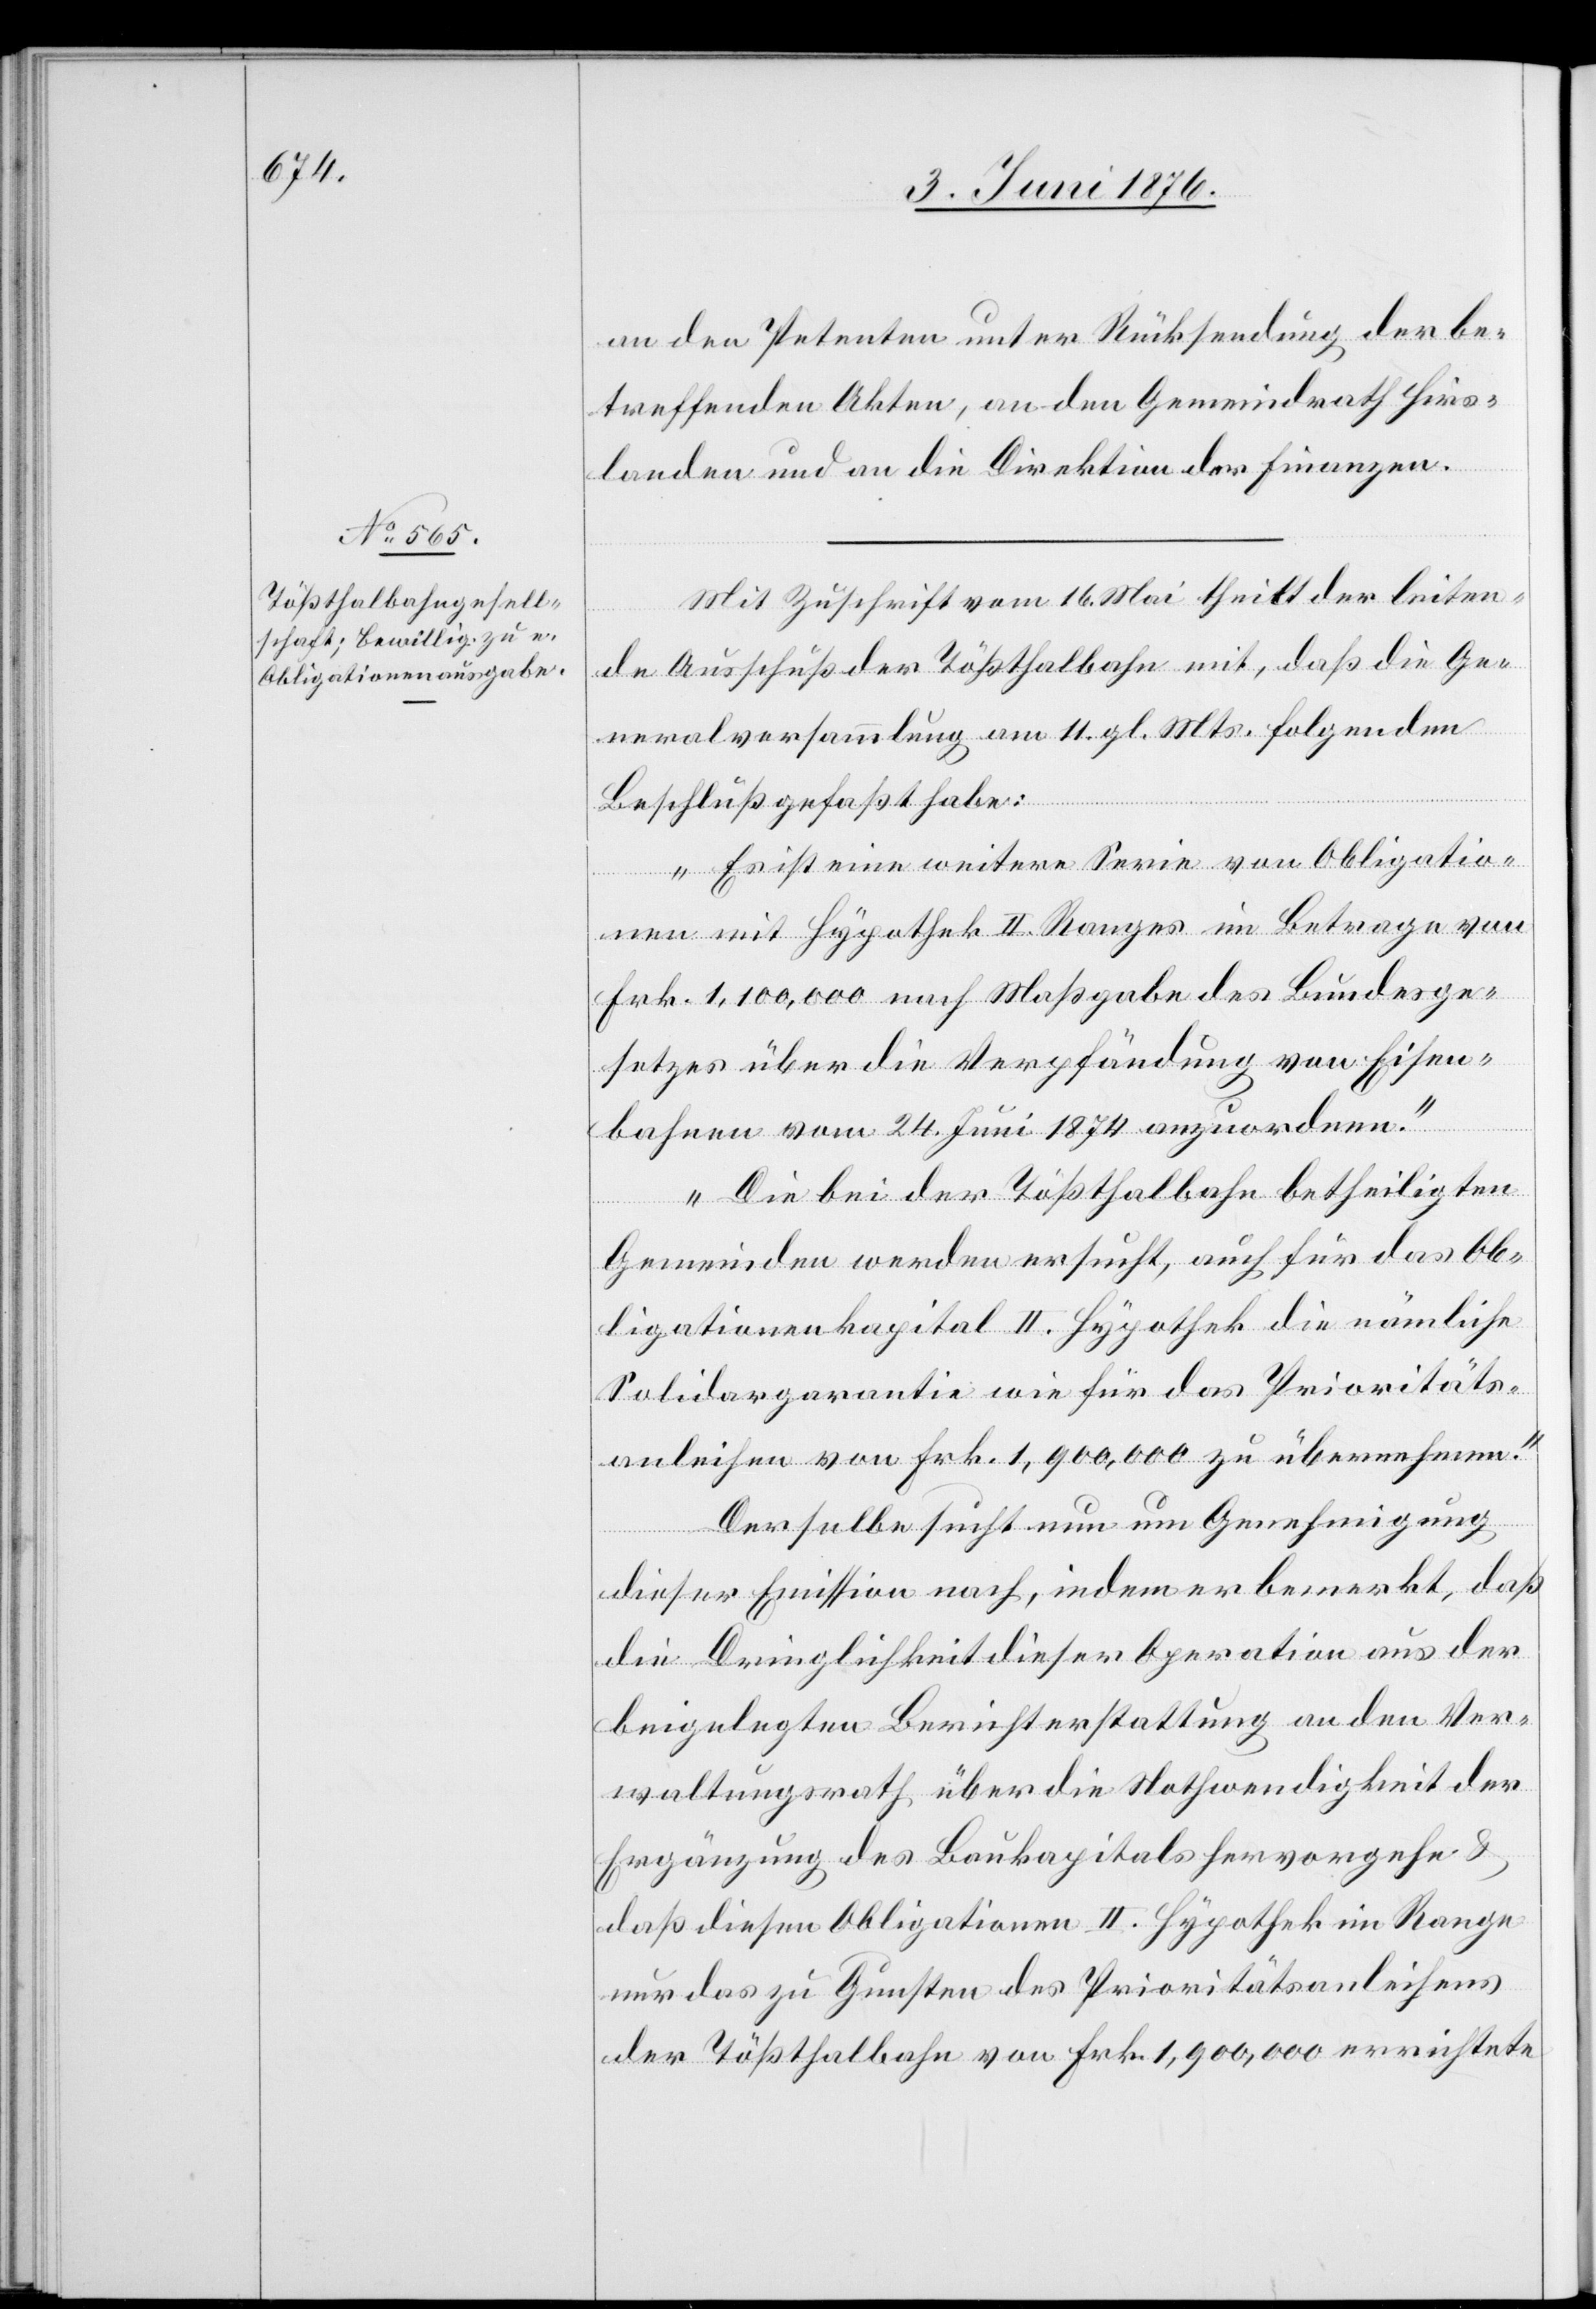
an den Petenten unter Rücksendung der be¬
treffenden Akten, an den Gemeindrath Hirs¬
landen und an die Direktion der Finanzen.
Mit Zuschrift vom 16. Mai theilt der leiten¬
de Ausschuß der Tößthalbahn mit, daß die Ge¬
neralversammlung am 11. gl. Mts. folgenden
Beschluß gefaßt habe:
„Es ist eine weitere Serie von Obligatio¬
nen mit Hypothek II. Ranges im Betrage von
Frk. 1,100,000 nach Maßgabe des Bundesge¬
setzes über die Verpfändung von Eisen¬
bahnen vom 24. Juni 1874 anzuordnen.“
„Die bei der Tößthalbahn beteiligten
Gemeinden werden ersucht, auch für das Ob¬
ligationenkapital II. Hypothek die nämliche
Solidargarantie wie für das Prioritäts¬
anleihen von Frk. 1,900,000 zu übernehmen.“
Der selbe sucht nun um Genehmigung
dieser Emission nach, indem er bemerkt, daß
die Dringlichkeit dieser Operation aus der
beigelegten Berichterstattung an den Ver¬
waltungsrath über die Nothwendigkeit der
Ergänzung des Baukapitals hervorgehe &
daß diesen Obligationen II. Hypothek im Range
nur das zu Gunsten des Prioritätsanleihens
der Tößthalbahn von Frk. 1,900,000 errichtete